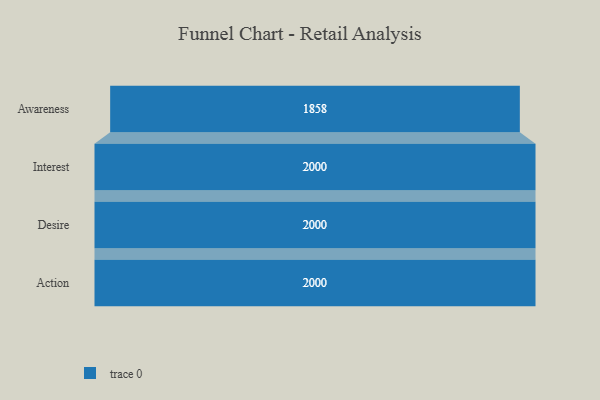
{"axis": {"x": "Stage", "y": "Value"}, "legend": [""], "data": [{"x": "Awareness", "y": 1858.0, "type": ""}, {"x": "Interest", "y": 2000, "type": ""}, {"x": "Desire", "y": 2000, "type": ""}, {"x": "Action", "y": 2000, "type": ""}]}